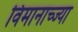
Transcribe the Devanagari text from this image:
विमानाच्ज्या